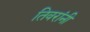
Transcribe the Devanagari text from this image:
तिवरांनी